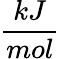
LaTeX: \frac{kJ}{mol}